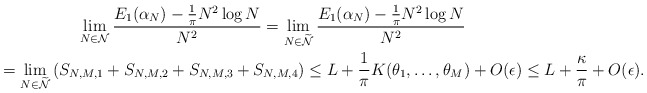
\begin{gather*}\lim_{N\in\mathcal{N}}\frac{E_{1}(\alpha_{N})-\frac{1}{\pi}N^{2}\log N}{N^{2}}=\lim_{N\in\widetilde{\mathcal{N}}}\frac{E_{1}(\alpha_{N})-\frac{1}{\pi}N^{2}\log N}{N^{2}}\\=\lim_{N\in\widetilde{\mathcal{N}}}\left(S_{N,M,1}+S_{N,M,2}+S_{N,M,3}+S_{N,M,4}\right)\leq L+\frac{1}{\pi} K(\theta_{1},\ldots,\theta_{M})+O(\epsilon)\leq L+\frac{\kappa}{\pi}+O(\epsilon).\end{gather*}